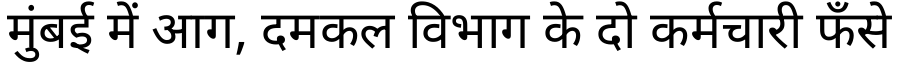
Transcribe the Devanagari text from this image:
मुंबई में आग, दमकल विभाग के दो कर्मचारी फँसे